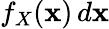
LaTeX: f_{X}(\mathbf{x})\, d\mathbf{x}